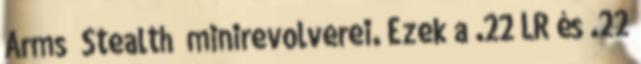
Arms “Stealth” minirevolverei. Ezek a .22 LR és .22